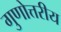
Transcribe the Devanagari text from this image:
गुणोत्तरीय